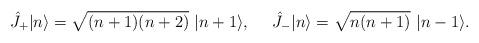
LaTeX: \begin{align*}\hat J_+|n\rangle = \sqrt{(n+1)(n+2)}~|n+1\rangle,~~~~\hat J_-|n\rangle = \sqrt{n(n+1)}~|n-1\rangle .\end{align*}